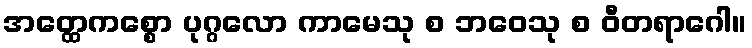
အတ္ထေကစ္စော ပုဂ္ဂလော ကာမေသု စ ဘဝေသု စ ဝီတရာဂေါ။